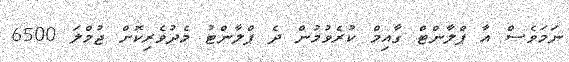
ނަމަވެސް އާ ޕްލާންޓް ގާއިމް ކުރެވުމުން ދެ ޕްލާންޓު މެދުވެރިކޮށް ޖުމްލަ 6500